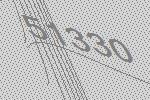
51330